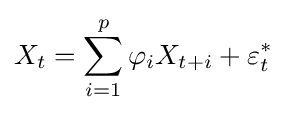
X_{t}=\sum _{i=1}^{p}\varphi _{i}X_{t+i}+\varepsilon _{t}^{*}